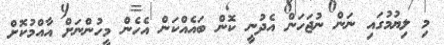
މި ލިޔުމުގައި ނަން ނުޖަހަން އެދުނީ ކޮން ބައެއްކަން އެހެން މީހުންނަށް އާއްމުކޮށް